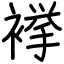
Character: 𧜎